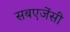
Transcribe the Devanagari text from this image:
सबएजेंसी